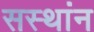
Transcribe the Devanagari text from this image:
सस्थांन